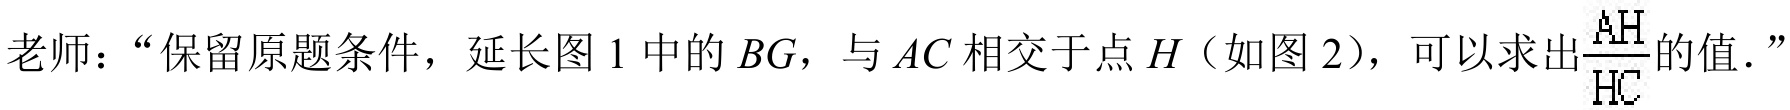
老师：“保留原题条件，延长图 1 中的\(BG\)，与\(AC\)相交于点\(H\)（如图 2），可以求出\(\frac{AH}{HC}\)的值．”